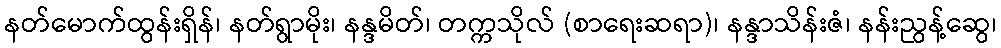
နတ်မောက်ထွန်းရှိန်၊ နတ်ရွာမိုး၊ နန္ဒမိတ်၊ တက္ကသိုလ် (စာရေးဆရာ)၊ နန္ဒာသိန်းဇံ၊ နန်းညွန့်ဆွေ၊